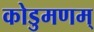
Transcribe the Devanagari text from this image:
कोडुमणम्